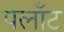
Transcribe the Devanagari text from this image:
पलाँट